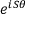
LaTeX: e ^ { i S \theta }